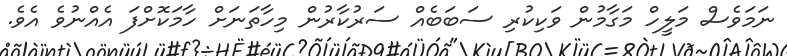
ނަމަވެސް މަލީހް މަގާމުން ވަކިކުރި ސަބަބެއް ސަރުކާރުން މިހާތަނަށް ހާމަކޮށްފަ އެއްނުވެ އެވެ.